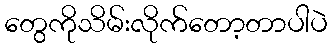
တွေကိုသိမ်းလိုက်တော့တာပါပဲ